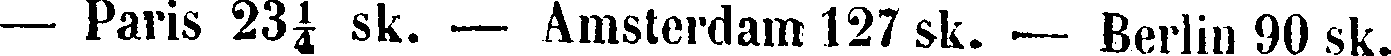
— Paris 23¼ sk. — Amsterdam 127 sk. — Berlin 90 sk.